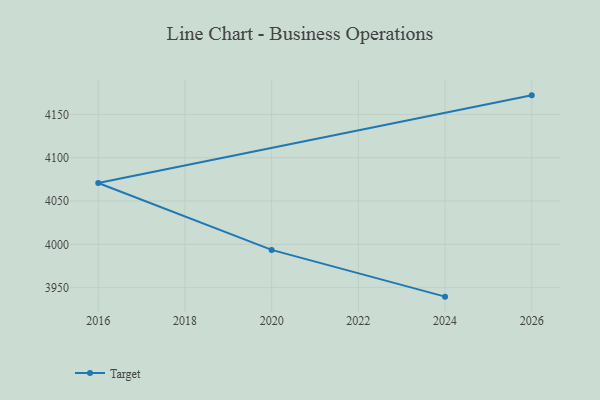
{"axis": {"x": "Year", "y": "LTV (USD)"}, "legend": ["Target"], "data": [{"x": "2024", "y": 3939.6, "type": "Target"}, {"x": "2020", "y": 3993.6, "type": "Target"}, {"x": "2016", "y": 4070.8, "type": "Target"}, {"x": "2026", "y": 4172.0, "type": "Target"}]}